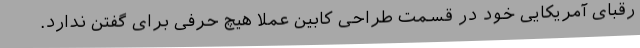
رقبای آمریکایی خود در قسمت طراحی کابین عملا هیچ حرفی برای گفتن ندارد.